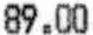
89.00